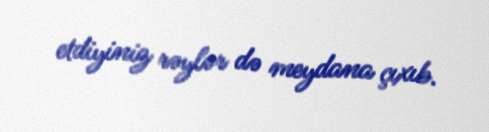
etdiyiniz rəylər də meydana çıxıb.